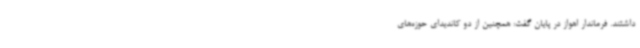
داشتند. فرماندار اهواز در پایان گفت: همچنین از دو کاندیدای حوزه‌های